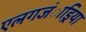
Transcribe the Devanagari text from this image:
एलगजंाड्रिया